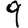
Digit: 9